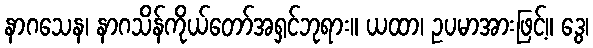
နာဂသေန၊ နာဂသိန်ကိုယ်တော်အရှင်ဘုရား။ ယထာ၊ ဥပမာအားဖြင့်။ ဒွေ၊